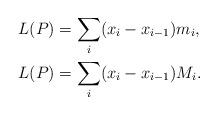
LaTeX: \begin{align*} L(P)&=\sum_i (x_{i}-x_{i-1}) m_i,\\ L(P)&=\sum_i (x_{i}-x_{i-1}) M_i. \end{align*}